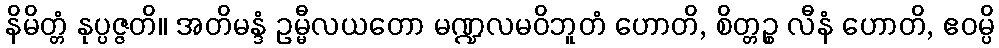
နိမိတ္တံ နုပ္ပဇ္ဇတိ။ အတိမန္ဒံ ဥမ္မီလယတော မဏ္ဍလမဝိဘူတံ ဟောတိ, စိတ္တဉ္စ လီနံ ဟောတိ, ဧဝမ္ပိ